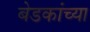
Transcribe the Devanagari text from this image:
बेडकांच्या